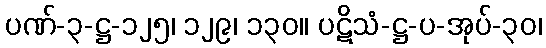
ပဏ်-၃-ဋ္ဌ-၁၂၅၊ ၁၂၉၊ ၁၃၀။ ပဋိသံ-ဋ္ဌ-ပ-အုပ်-၃၀၊